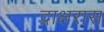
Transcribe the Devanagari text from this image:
द्राक्षरास